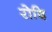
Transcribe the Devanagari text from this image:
रोदि